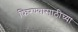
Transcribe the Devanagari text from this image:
फिरण्यासाठीच्या